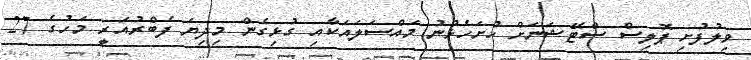
ވިލުފުށި ޕޮލިސް ސްޓޭޝަނަށް ހުށަހެޅުނު މައްސަލައަކާއި ގުޅިގެން މިދިޔަ ފެބްރުއަރީ މަހުގެ 27